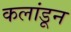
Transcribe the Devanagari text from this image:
कलांडून